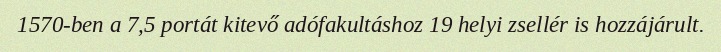
1570-ben a 7,5 portát kitevő adófakultáshoz 19 helyi zsellér is hozzájárult.